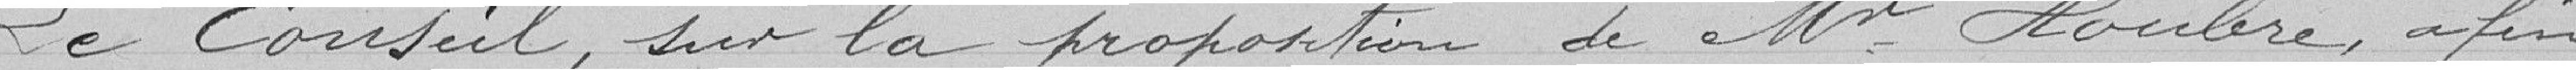
Le Conseil, sur la proposition de Mr Houbre, afin